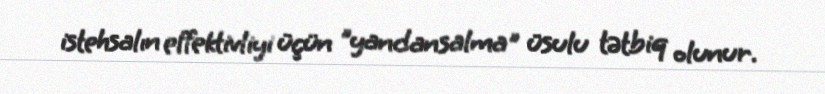
istehsalın effektivliyi üçün "yandansalma" üsulu tətbiq olunur.